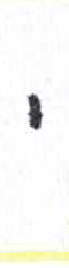
אות: י